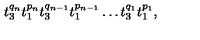
t _ { 3 } ^ { q _ { n } } t _ { 1 } ^ { p _ { n } } t _ { 3 } ^ { q _ { n - 1 } } t _ { 1 } ^ { p _ { n - 1 } } \ldots t _ { 3 } ^ { q _ { 1 } } t _ { 1 } ^ { p _ { 1 } } ,